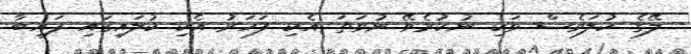
ލޭގެ ކުލަވެސް ވަކި ނުކުރެވޭ ނުވަތަ އެކި ފަހަރު އެކި ކުލައިގައި ފައިބާ